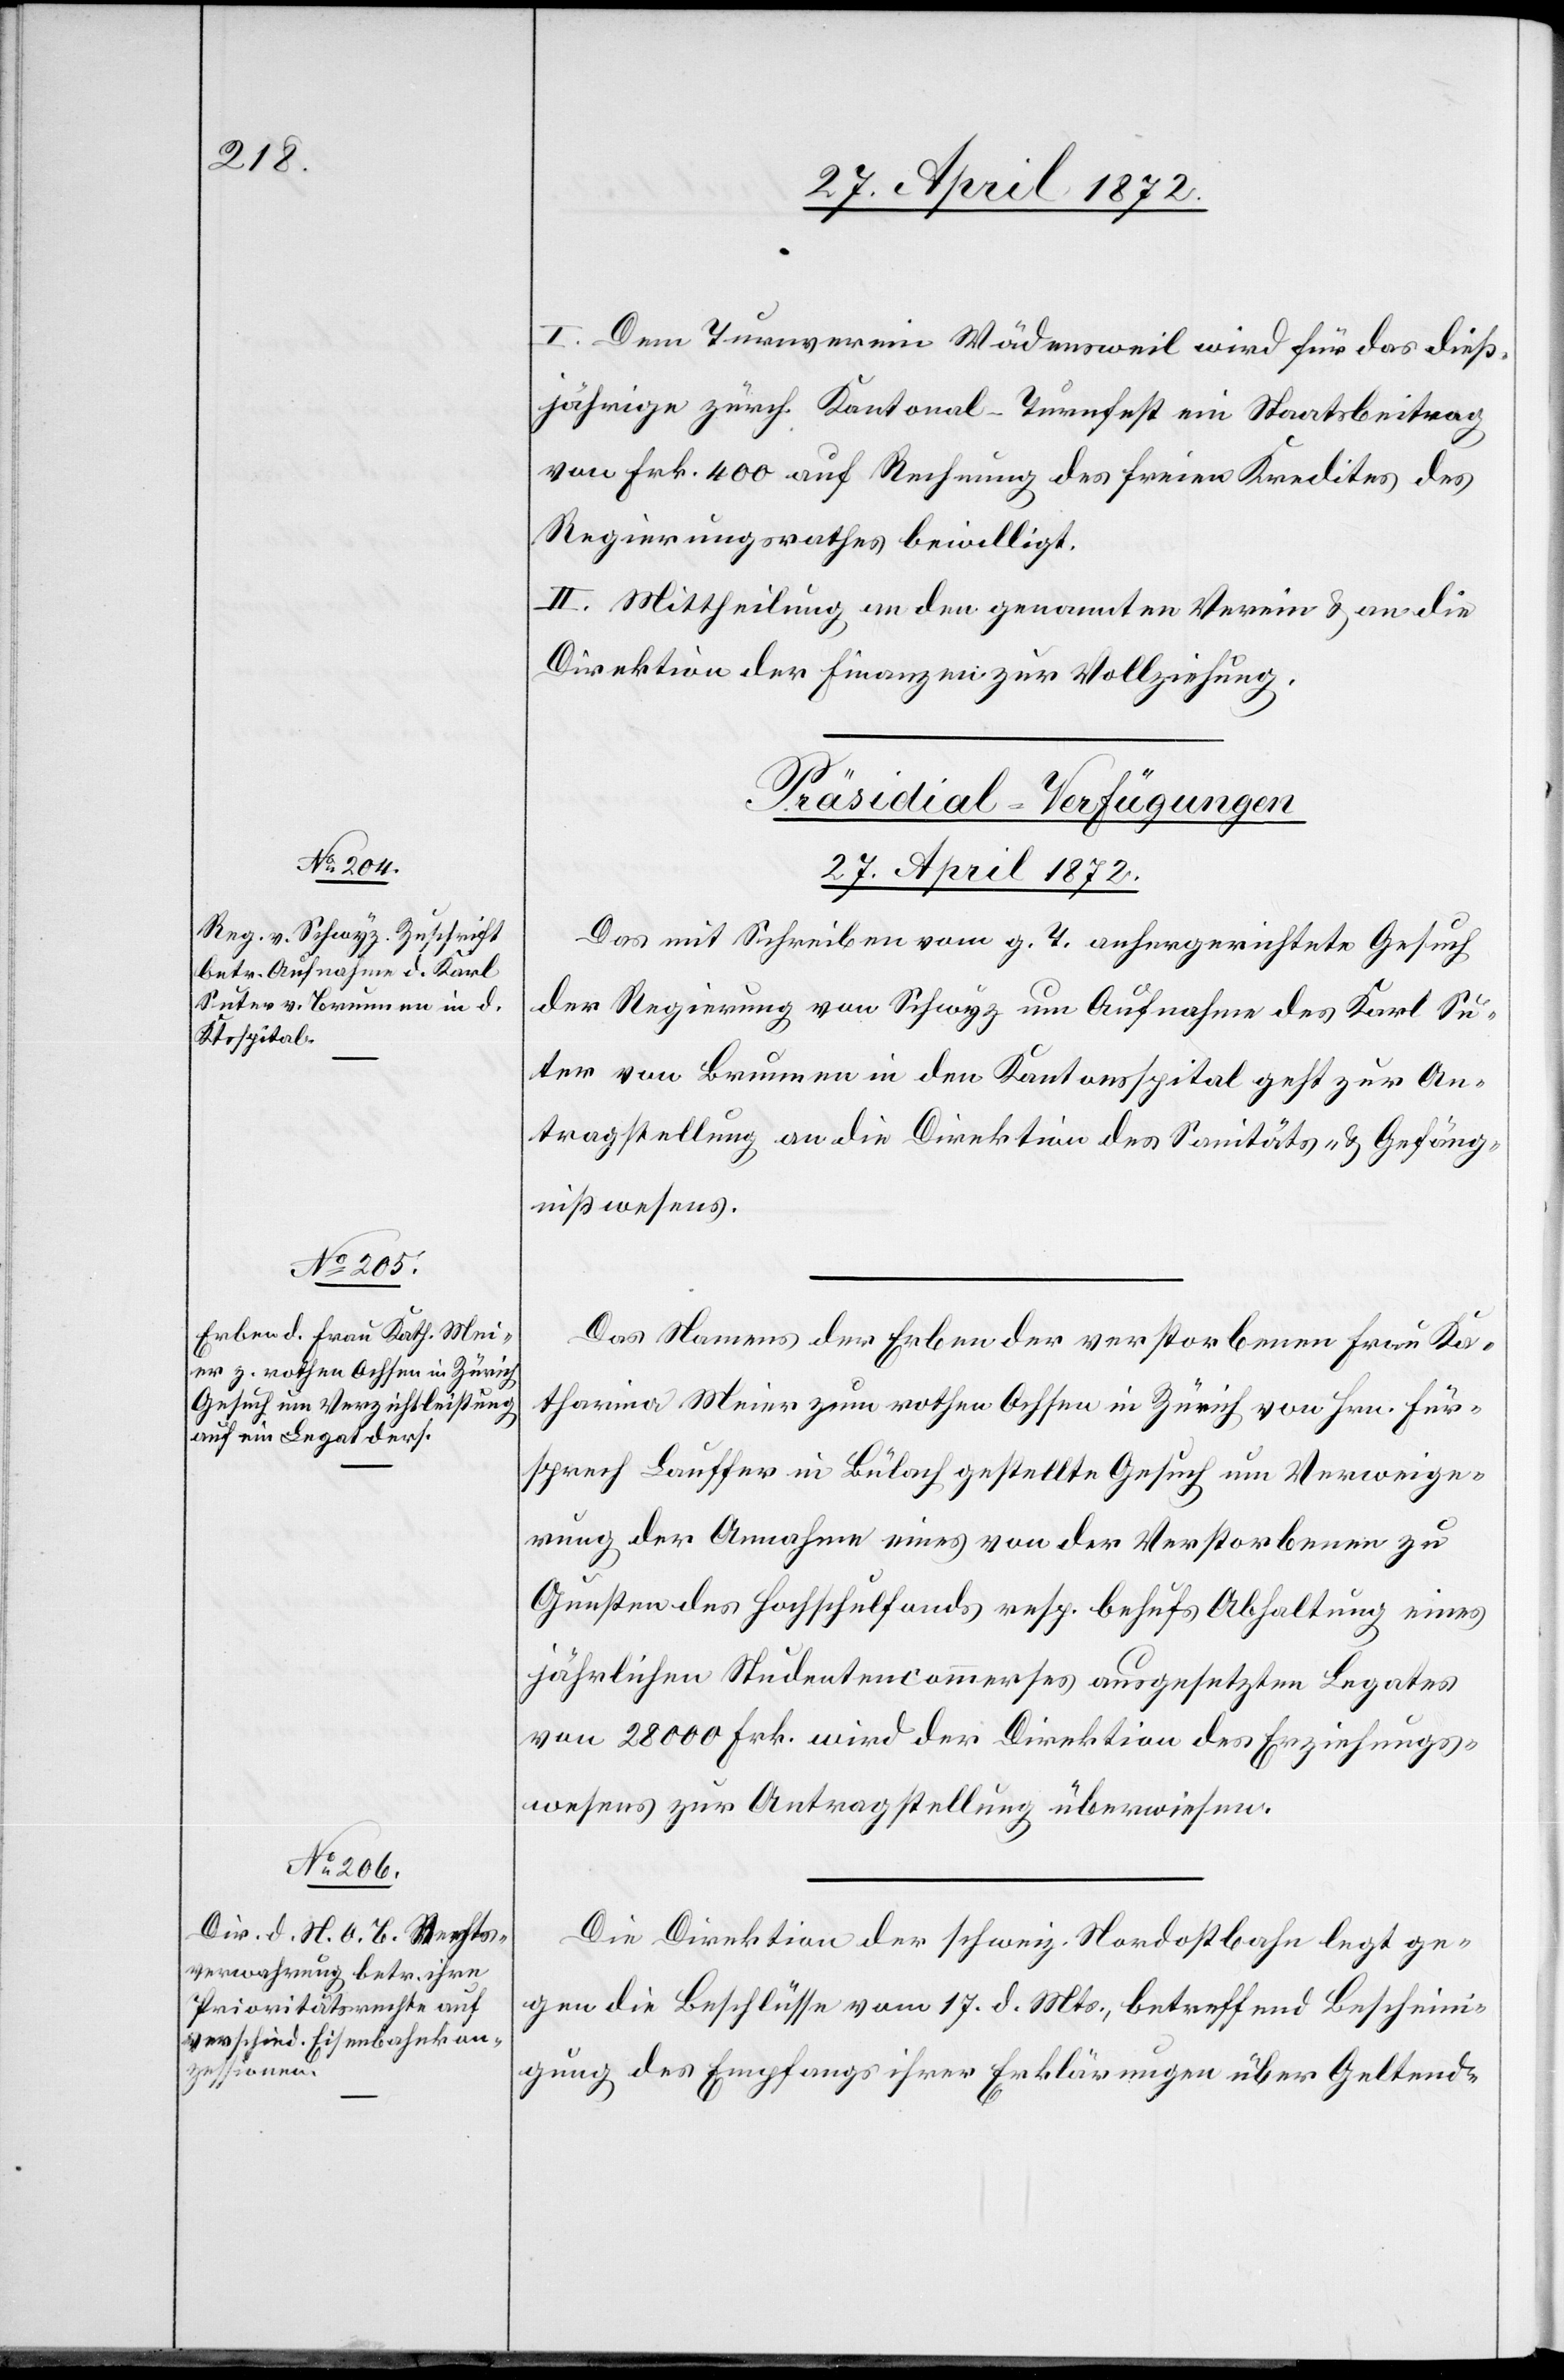
27. April 1872.]
I. Dem Turnverein Wädensweil wird für das dieß¬
jährige zürch. Kantonal-Turnfest ein Staatsbeitrag
von Frk. 400 auf Rechnung des freien Kredites des
Regierungsrathes bewilligt.
II. Mittheilung an den genannten Verein u. an die
Direktion der Finanzen zur Vollziehung.
[Präsidial-Verfügungen
27. April 1872.
Das mit Schreiben vom g. T. anhergerichtete Gesuch
der Regierung von Schwyz um Aufnahme des Karl Su¬
ter von Brunnen in den Kantonsspital geht zur An¬
tragstellung an die Direktion des Sanitäts- u. Gefäng¬
nißwesens.
Das Namens der Erben der verstorbenen Frau Ka¬
tharina Meier zum rothen Ochsen in Zürich von Hrn. Für¬
sprech Lauffer in Bülach gestellte Gesuch um Verweige¬
rung der Annahme eines von der Verstorbenen zu
Gunsten des Hochschulfonds resp. behufs Abhaltung eines
jährlichen Studentencommerses ausgesetzten Legates
von 28'000 Frk. wird der Direktion des Erziehungs¬
wesens zur Antragstellung überwiesen.
Die Direktion der schweiz. Nordostbahn legt ge¬
gen die Beschlüsse vom 17. d. Mts., betreffend Bescheini¬
gung des Empfangs ihrer Erklärungen über Geltend-